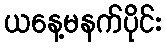
ယနေ့မနက်ပိုင်း